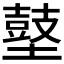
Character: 𪔋